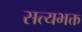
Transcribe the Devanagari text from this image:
सत्यभक्त